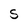
Character: S